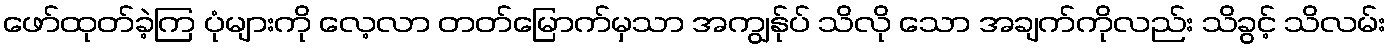
ဖော်ထုတ်ခဲ့ကြ ပုံများကို လေ့လာ တတ်မြောက်မှသာ အကျွန်ုပ် သိလို သော အချက်ကိုလည်း သိခွင့် သိလမ်း